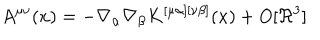
LaTeX: A ^ { \mu \nu } ( x ) = - \nabla _ { \alpha } \nabla _ { \beta } K ^ { [ \mu \alpha ] [ \nu \beta ] } ( x ) + O [ \Re ^ { 3 } ]